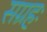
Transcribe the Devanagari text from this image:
सग्रहः